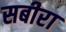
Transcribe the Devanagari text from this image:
सबीरा